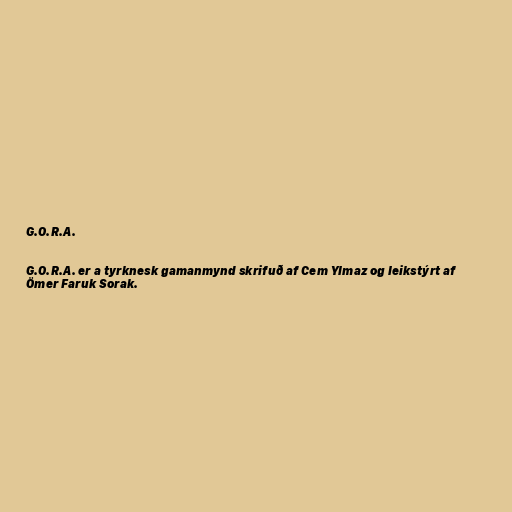
G.O.R.A.

G.O.R.A. er a tyrknesk gamanmynd skrifuð af Cem Ylmaz og leikstýrt af
Ömer Faruk Sorak.